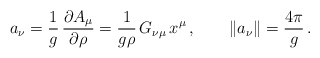
\begin{align*}a_\nu=\frac{1}{g}\,\frac{\partial A_\mu}{\partial\rho}=\frac{1}{g\rho}\,G_{\nu\mu}\, x^\mu\,,\qquad\|a_\nu\|=\frac{4\pi}{g}\,.\end{align*}